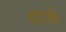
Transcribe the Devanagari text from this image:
हटके